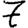
Digit: 7